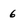
Character: 6